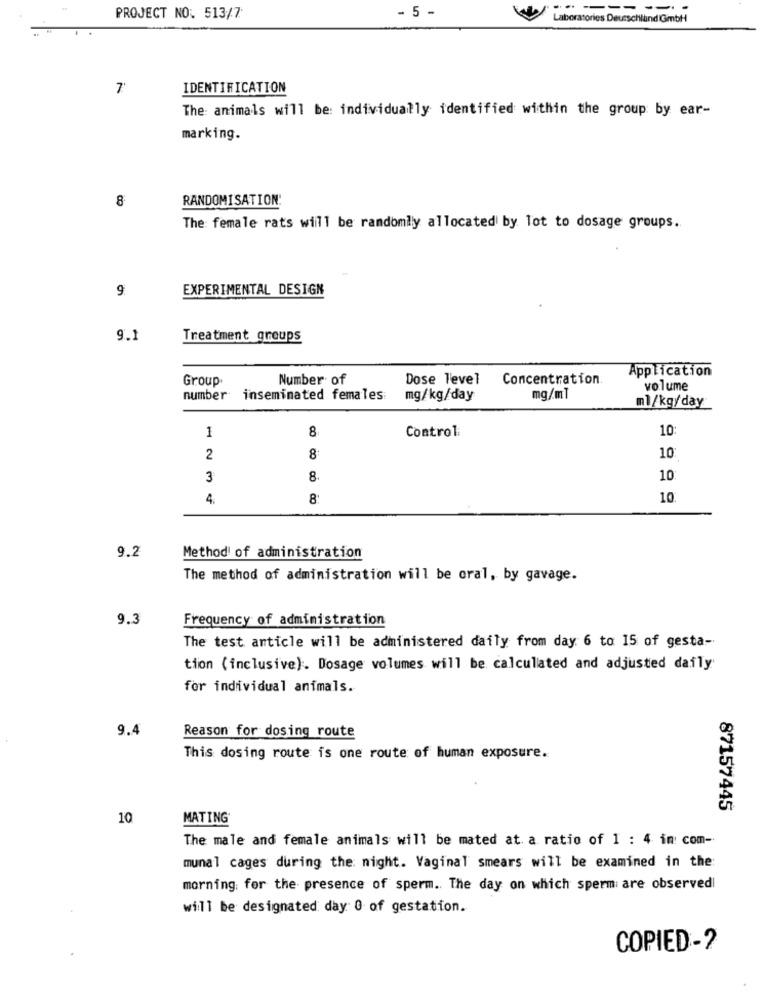
-- ------
PROJECT NO. 513/7
- 5 -
Laboratories Deutschland Gmbh
IDENTIFICATION
The animals will be: individually identified within the group by ear-
marking.
8
RANDOMISATION:
The female rats will be randomly allocated by lot to dosage groups ..
EXPERIMENTAL DESIGN
9.1
Treatment groups
Application
Group.
Number of
Dose level
Concentration.
volume
number
inseminated females:
mg/kg/day
mg/ml
ml/kg/day
8
Control
10
1
2
8
10
3
8.
10
4.
8
10.
9.2
Method of administration
The method of administration will be oral, by gavage.
9.3
Frequency of administration
The test anticle will be administered daily from day. 6 to 15 of gesta-
tion (inclusive). Dosage volumes will be calculated and adjusted daily
for individual animals.
9.4
Reason for dosing route
This dosing route is one route of human exposure.
87157445
10
MATING
The male and female animals will be mated at a ratio of 1 : 4 in: com-
munal cages during the night. Vaginal smears will be examined in the:
morning; for the presence of sperm. The day on which spermi are observed
will be designated day 0 of gestation.
COPIED-2